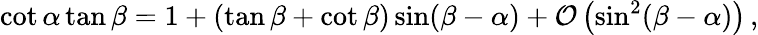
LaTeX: \cot\alpha\tan\beta=1+(\tan\beta+\cot\beta)\sin(\beta-\alpha)+\mathcal{O}\left(\sin^{2}(\beta-\alpha)\right)\, ,